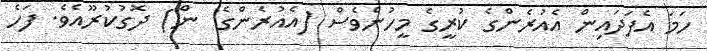
ހަމަ އެފަދައިން އެއުރެންގެ ކުރީގެ މީހުންވެސް (އެއުރެންގެ  ން) ދޮގުކުރޫއެވެ. ފަހެ